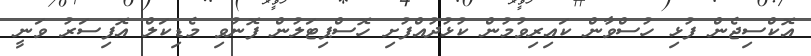
އޮކްސިޖެން ފުޅި ހުސްވާން ކައިރިވުމުން ކުޅުދުއްފުށި ހޮސްޕިޓަލުން ފޮނުވި މެޑިކަލް އޮފިސަރު ވަނީ